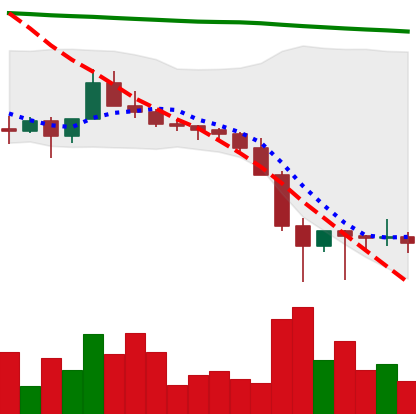
Ticker: XLM-USD
Chart end date: 2022-01-27
Forward return: 4.131%
Label: up_3_5